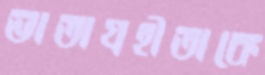
ভাতাগ্রহীতাকে